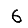
Digit: 6